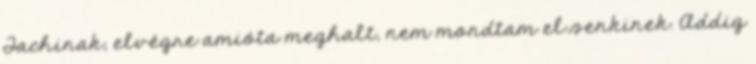
Tachinak, elvégre amióta meghalt, nem mondtam el senkinek. Addig